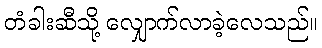
တံခါးဆီသို့ လျှောက်လာခဲ့လေသည်။